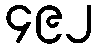
၄၉၂